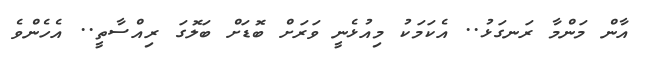
އާން މަންމާ ރަނގަޅު.. އެކަމަކު މިއުޅެނީ ވަރަށް ބޮޑަށް ބަލޮގަ ރިއްސާތީ.. އެހެންވެ